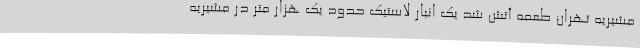
مشیریه تهران طعمه آتش شد یک انبار لاستیک حدود یک هزار متر در مشیریه